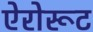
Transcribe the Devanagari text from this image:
ऐरोरूट